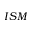
I S M